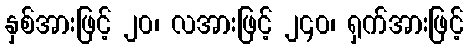
နှစ်အားဖြင့် ၂၀၊ လအားဖြင့် ၂၄၀၊ ရှက်အားဖြင့်